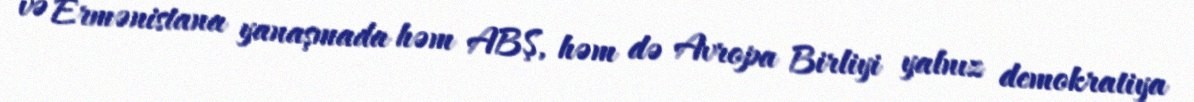
və Ermənistana yanaşmada həm ABŞ, həm də Avropa Birliyi yalnız demokratiya